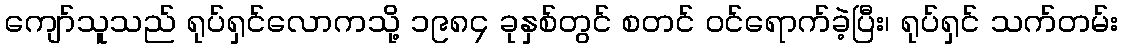
ကျော်သူသည် ရုပ်ရှင်လောကသို့ ၁၉၈၄ ခုနှစ်တွင် စတင် ဝင်ရောက်ခဲ့ပြီး၊ ရုပ်ရှင် သက်တမ်း